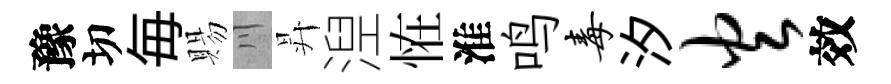
豫切毎賜川昇湼恠淮鸣毒汐火效